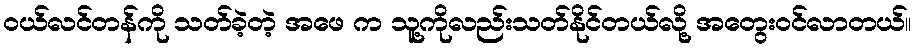
ဝယ်လင်တန်ကို သတ်ခဲ့တဲ့ အဖေ က သူ့ကိုလည်းသတ်နိုင်တယ်လို့ အတွေးဝင်လာတယ်။